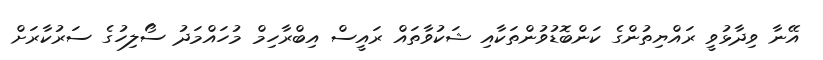
އޭނާ ވިދާޅުވީ ރައްޔިތުންގެ ކަންބޮޑުވުންތަކާއި ޝަކުވާތައް ރައީސް އިބްރާހިމް މުހައްމަދު ސޯލިހުގެ ސަރުކާރަށް